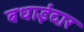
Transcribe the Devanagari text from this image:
बधाईदार